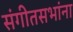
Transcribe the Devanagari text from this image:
संगीतसभांना